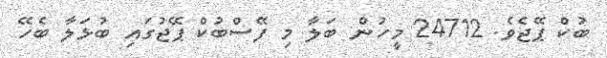
ބުކް ޕޭޖެވެ. 24712 މީހުން ބަލާ މި ފޭސްބުކް ޕޭޖުގައި ބުޅަލާ ބެހޭ